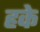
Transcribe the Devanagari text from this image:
हके